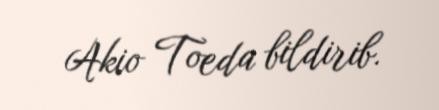
Akio Toeda bildirib.